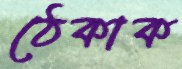
ঠেকাক